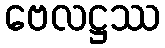
ဗေလဋ္ဌဿ